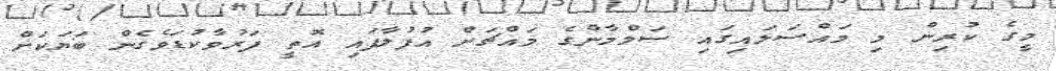
މީގެ ކުރިން މި މައްސަލައިގައި ސަލްމާންގެ މައްޗަށް އުފުލާފައި އޮތީ ފަރުވާކުޑަވެގެން ބަޔަކަށް